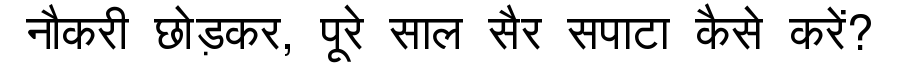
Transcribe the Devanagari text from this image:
नौकरी छोड़कर, पूरे साल सैर सपाटा कैसे करें?